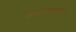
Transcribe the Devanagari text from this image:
पंचमस्वरीताल